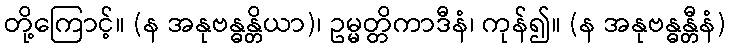
တို့ကြောင့်။ (န အနုဗန္ဓန္တိယာ)၊ ဥမ္မတ္တိကာဒီနံ၊ ကုန်၍။ (န အနုဗန္ဓန္တီနံ)